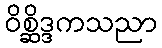
ဝိစ္ဆိဒ္ဒကသညာ